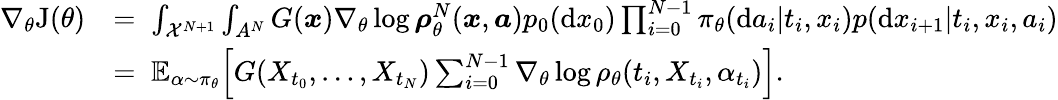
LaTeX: \begin{array}{rl}{\nabla_{\theta}\mathrm{J}(\theta)}&{=\; \int_{{\cal X}^{N+1}}\int_{A^{N}}G(\boldsymbol{x})\nabla_{\theta}\log\boldsymbol{\rho}_{\theta}^{N}(\boldsymbol{x},\boldsymbol{a})p_{0}(\mathrm{d}x_{0})\prod_{i=0}^{N-1}\pi_{\theta}(\mathrm{d}a_{i}|t_{i},x_{i})p(\mathrm{d}x_{i+1}|t_{i},x_{i},a_{i})}\\ &{=\; \mathbb{E}_{\alpha\sim\pi_{\theta}}\Big[G(X_{t_{0}},\ldots,X_{t_{N}})\sum_{i=0}^{N-1}\nabla_{\theta}\log\rho_{\theta}(t_{i},X_{t_{i}},\alpha_{t_{i}})\Big].}\end{array}